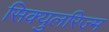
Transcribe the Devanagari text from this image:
सिक्युलरिज्म